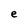
Character: e